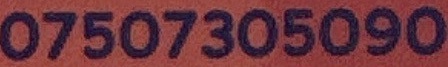
07507305090